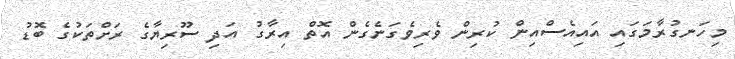
މިހަނގުރާމަގައި އައިއެސްއިން ކުރިން ވެރިވެގަނެގެން އޮތް އިރާގު އަދި ސޫރިޔާގެ ރަށްތަކުގެ ބޮޑު